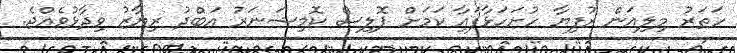
ހަތަރު މިލިއަން ރުފިޔާ ހުށަހަޅާފައިާ ކަމަށް ޕޮލިސް ކޮމިޝަނަރު އަބްދު ރިޔާޒު ވިދާޅުވެއްޖެ.